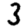
Digit: 3